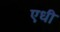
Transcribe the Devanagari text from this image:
एधी